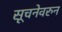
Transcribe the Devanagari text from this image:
सूचनेवरुन